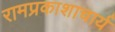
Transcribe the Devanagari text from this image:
रामप्रकाशाचार्य